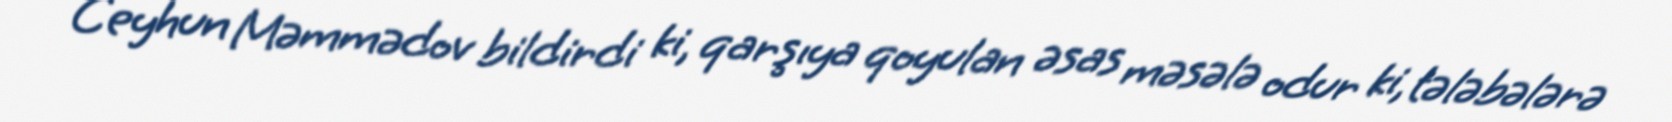
Ceyhun Məmmədov bildirdi ki, qarşıya qoyulan əsas məsələ odur ki, tələbələrə